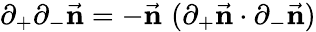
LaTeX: \partial_{+}\partial_{-}{\vec{\mathbf n}}=-{\vec{\mathbf n}}\, \, (\partial_{+}{\vec{\mathbf n}}\cdot\partial_{-}{\vec{\mathbf n}})